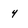
Character: 4